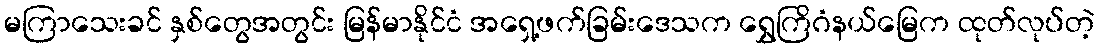
မကြာသေးခင် နှစ်တွေအတွင်း မြန်မာနိုင်ငံ အရှေ့ဖက်ခြမ်းဒေသက ရွှေကြိဂံနယ်မြေက ထုတ်လုပ်တဲ့